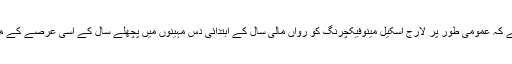
ڈیٹا کا جائزہ لینے کے بعد یہ بات قابلِ ذکر ہے کہ عمومی طور پر لارج اسکیل مینوفیکچرنگ کو رواں مالی سال کے ابتدائی دس مہینوں میں پچھلے سال کے اسی عرصے کے مقابلے میں 3.51 فیصد کے زوال کا سامنا ہوا۔